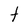
Character: t